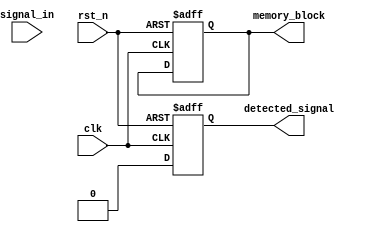
module dual_ff_detector(
    input wire clk,                 // Clock signal
    input wire rst_n,               // Active low reset signal
    input wire signal_in,           // Input signal to be monitored
    output reg detected_signal,      // Output signal indicating detection of specific pattern
    output reg [3:0] memory_block    // Memory block to store detected patterns (4-bit for example)
);

    // Internal signals for flip-flops
    reg ff1, ff2;

    // Parameters for specific pattern detection
    localparam PATTERN = 2'b10; // Example pattern to detect (could be changed)

    // Flip-Flops for synchronization
    always @(posedge clk or negedge rst_n) begin
        if (!rst_n) begin
            ff1 <= 1'b0;
            ff2 <= 1'b0;
        end else begin
            ff1 <= signal_in; // Sample input signal
            ff2 <= ff1;       // Pass through to second flip-flop
        end
    end

    // Control Logic for Pattern Detection
    always @(posedge clk or negedge rst_n) begin
        if (!rst_n) begin
            detected_signal <= 1'b0;
            memory_block <= 4'b0000; // Initialize memory block
        end else begin
            // Example pattern detection logic
            if (ff1 == PATTERN && ff2 != PATTERN) begin
                detected_signal <= 1'b1; // Pattern detected
                memory_block <= {memory_block[2:0], ff2}; // Store detected pattern in memory
            end else begin
                detected_signal <= 1'b0; // No pattern detected
            end
        end
    end

endmodule